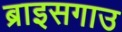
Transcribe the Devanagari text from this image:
ब्राइसगाउ